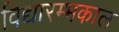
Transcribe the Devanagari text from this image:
विद्यारम्भकाल